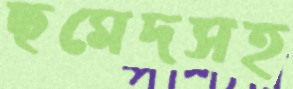
ছমেদসহ